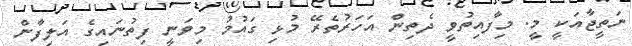
ނަތީޖާއަކީ މީ. މިފާއިތުވީ ދެތިން އަހަރުތެރޭ މުޅި ގައުމު މިވަނީ ފިތުނައިގެ އަލިފާން